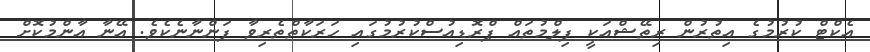
އެކްޓް ކުރުމުގެ އިތުރުން ރިތޭޝްއަކީ ފިލްމުތައް ޕްރޮޑިއުސްކުރުމުގައި ހަރަކާތްތެރިވާ ފަންނާނެކެވެ. އޭނާ އާންމުކޮށް